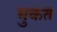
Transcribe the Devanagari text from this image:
मुकत